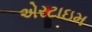
એરટાઇમ